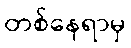
တစ်နေရာမှ